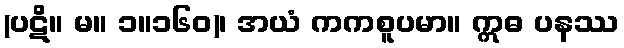
(ပဋိ။ မ။ ၁။၁၆၀)၊ အယံ ကကစူပမာ။ ဣဓ ပနဿ